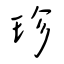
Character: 珍